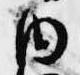
内